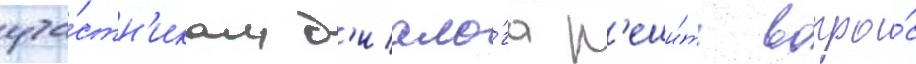
уча́стн'икам д'иало́га р'еши́ть вопро́с